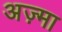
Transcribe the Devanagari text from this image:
अज़्मा